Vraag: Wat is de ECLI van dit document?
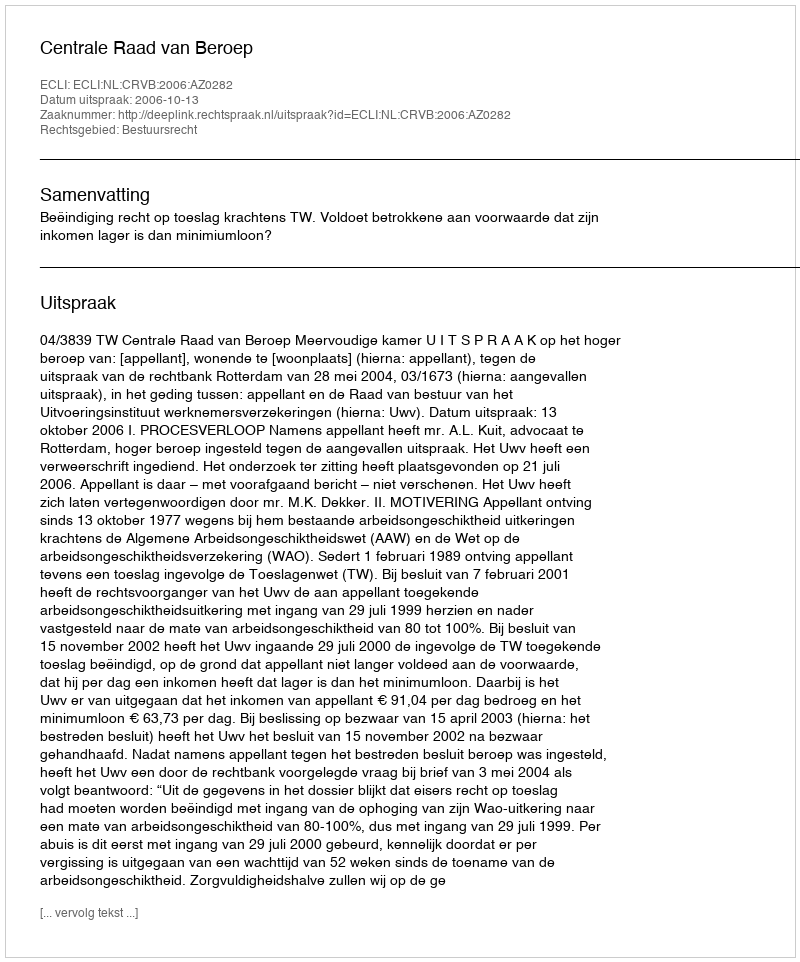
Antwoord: ECLI:NL:CRVB:2006:AZ0282